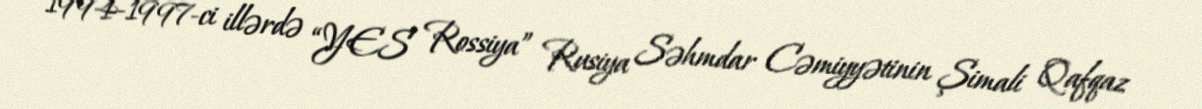
1994-1997-ci illərdə “YES Rossiya” Rusiya Səhmdar Cəmiyyətinin Şimali Qafqaz